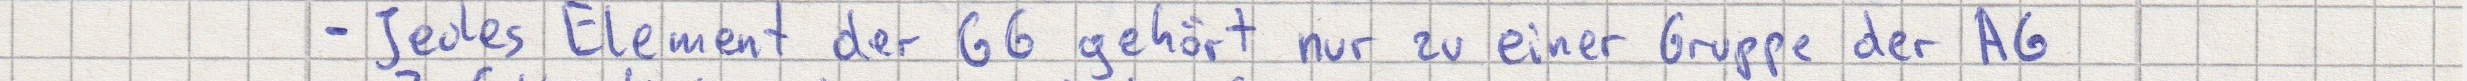
- Jedes Element der GG gehört nur zu einer Gruppe der AG